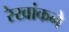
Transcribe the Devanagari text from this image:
रेखांकने